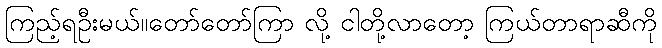
ကြည့်ရဦးမယ်။တော်တော်ကြာ လို့ ငါတို့လာတော့ ကြယ်တာရာဆီကို